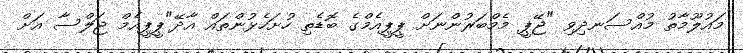
މައުލޫމާތު މުއްސަނދިވި "ޖޭޕީ މެމްބަރުންނަށް ޕީޕީއެމްގެ ބޮޑެތި ހުށަހެޅުންތައް އާދޭ"ޕީޕީއެމް ޖަލްސާ އަށް